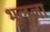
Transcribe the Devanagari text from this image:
भूलला